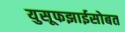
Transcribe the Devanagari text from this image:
युसूफझाईसोबत